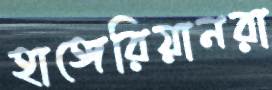
হাঙ্গেরিয়ানরা